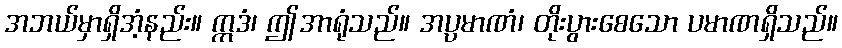
အဘယ်မှာရှိအံ့နည်း။ ဣဒံ၊ ဤအာရုံသည်။ အပ္ပမာဏံ၊ တိုးပွားစေသော ပမာဏရှိသည်။